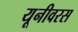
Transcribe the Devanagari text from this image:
यूनीवरस